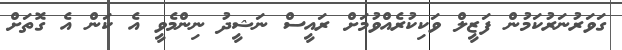
ގަވަރުނަރުކަމުން ފަޒީލް ވަކިކުރެއްވުމަށް ރައީސް ނަޝީދު ނިންމެވީ އެ ކަން އެ ގޮތަށް